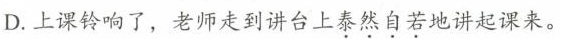
D.上课铃响了，老师走到讲台上泰然自若地讲起课来。